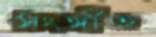
সংঙ্গীত